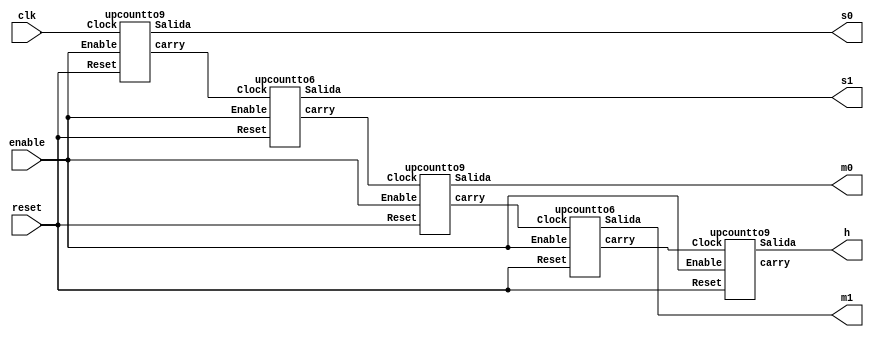
module cronometro(reset, enable, clk, s0, s1, m0, m1, h); //Modulo que se encarga de instanciar a los contadores
    
    input wire reset, enable, clk;
    output [3:0] s0, s1, m0, m1, h;

    wire cs0, cs1, csm0, cm1, ch;

    upcountto9 upcountto9_s0(reset,clk,enable,s0,cs0);
    upcountto6 upcountto6_s1(reset,cs0,enable,s1,cs1);
    upcountto9 upcountto9_m0(reset,cs1,enable,m0,cm0);
    upcountto6 upcountto6_m1(reset,cm0,enable,m1,cm1);
    upcountto9 upcountto6_h(reset,cm1,enable,h,ch);

endmodule

module upcountto9(Reset, Clock, Enable, Salida, carry);// Contador desde 0 hasta 9

    input Reset, Clock, Enable;
    output reg [3:0] Salida;
    output reg carry;

    initial
    begin
        Salida <= 4'b0000;
        carry <= 0;
    end 

    always @(posedge Reset or posedge Clock) 
        if(Reset)
            Salida <= 4'b0000; //Si Reset es 1 pongo un 0 en binario de 4 bits
            else if (Enable && Salida < 4'b1001) //Si no llegue al 9, sigo contando
                begin
					Salida <= Salida + 1;
					carry<=0;
                end
					else if (Enable && (Salida == 4'b1001)) //Si llegue al 9, reinicio
                    begin 
						    Salida <= 4'b0000;
							carry<=1;
							end
endmodule

module upcountto6(Reset, Clock, Enable, Salida, carry); // Contador desde 0 hasta 6

    input Reset, Clock, Enable;
    output reg [3:0] Salida;
    output reg carry;

    initial
    begin
        Salida <= 4'b0000;
        carry <= 0;
    end 

    always @(posedge Reset or posedge Clock) 
        if(Reset)
            Salida <= 4'b0000; //Si Reset es 1 pongo un 0 en binario de 4 bits
            else if (Enable && Salida < 4'b0101) //Si no llegue al 5, sigo contando
                begin
					Salida <= Salida + 1;
					carry<=0;
                end
					else if (Enable && (Salida == 4'b0101)) //Si llegue al 5, reinicio
                    begin 
						    Salida <= 4'b0000;
							carry<=1;
							end
endmodule